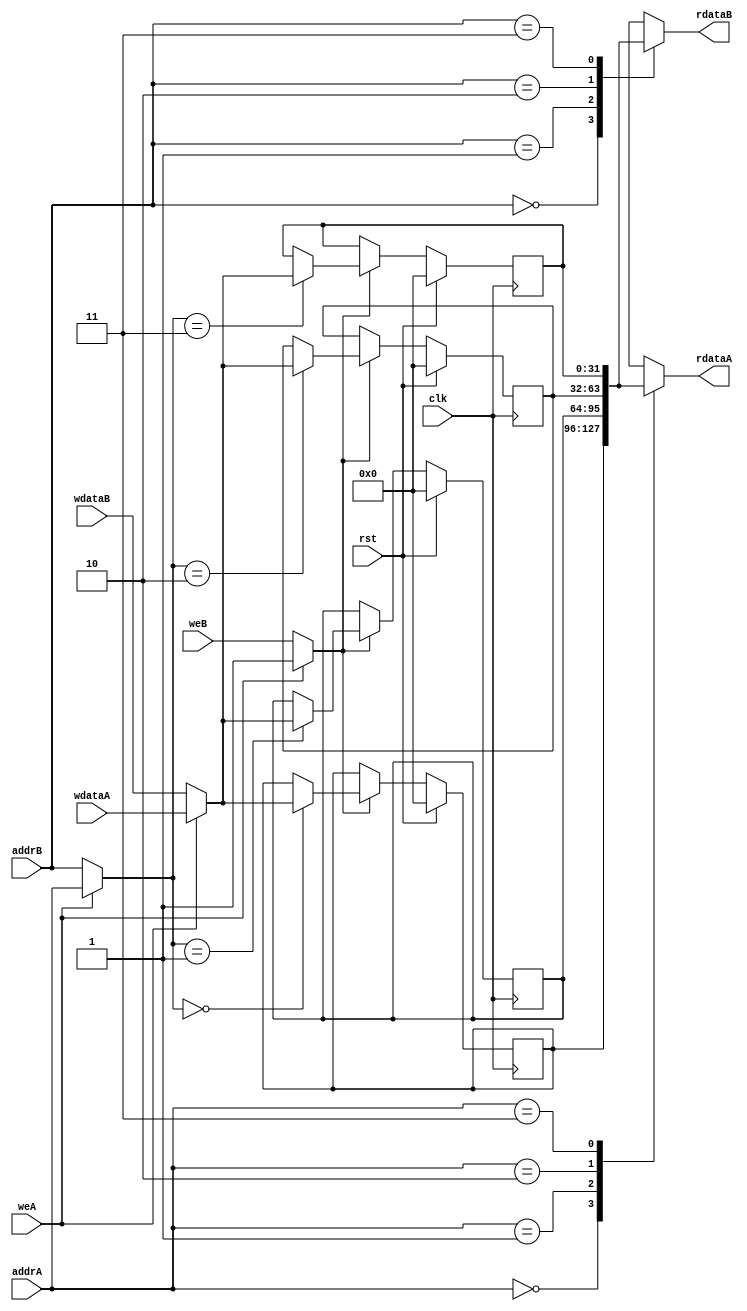
module iob_regfile_dp
  #(
    parameter ADDR_W = 2,
    parameter DATA_W = 32
    )
   (
    input                clk,
    input                rst,

    // Port A
    input                weA,
    input [ADDR_W-1:0]   addrA,
    input [DATA_W-1:0]   wdataA,
    output [DATA_W-1 :0] rdataA,

    // Port B
    input                weB,
    input [ADDR_W-1:0]   addrB,
    input [DATA_W-1:0]   wdataB,
    output [DATA_W-1 :0] rdataB
    );

   reg [DATA_W-1:0]      reg_file [2**ADDR_W-1:0];

   wire [ADDR_W-1:0]     addr  = weA? addrA : addrB;
   wire [DATA_W-1:0]     wdata = weA? wdataA : wdataB;
   wire                  we    = weA? weA : weB;

   //read
   assign rdataA = reg_file[addrA];
   assign rdataB = reg_file[addrB];

   //write
   genvar                i;
   generate
      for (i=0; i < 2**ADDR_W; i=i+1) begin: register_file
         always @(posedge clk)
           if (rst)
             reg_file[i] <= {DATA_W{1'b0}};
           else if (we)
             if (addr == i)
               reg_file[i] <= wdata;
        end
   endgenerate

endmodule